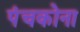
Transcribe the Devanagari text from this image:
पंचकोना